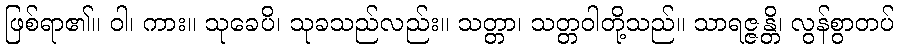
ဖြစ်ရာ၏။ ဝါ၊ ကား။ သုခေပိ၊ သုခသည်လည်း။ သတ္တာ၊ သတ္တဝါတို့သည်။ သာရဇ္ဇန္တိ၊ လွန်စွာတပ်